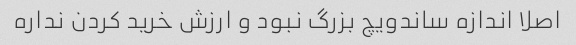
اصلا اندازه ساندویچ بزرگ نبود و ارزش خرید کردن نداره